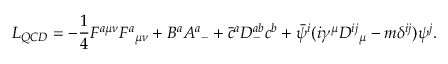
{ \cal L } _ { Q C D } = - { \frac { 1 } { 4 } } F ^ { a \mu \nu } { F ^ { a } } _ { \mu \nu } + B ^ { a } { A ^ { a } } _ { - } + { \bar { c } } ^ { a } { \cal D } _ { - } ^ { a b } c ^ { b } + { \bar { \psi } } ^ { i } ( i \gamma ^ { \mu } { D ^ { i j } } _ { \mu } - m \delta ^ { i j } ) \psi ^ { j } . \nonumber